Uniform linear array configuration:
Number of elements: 12
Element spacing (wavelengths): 1
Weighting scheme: kaiser
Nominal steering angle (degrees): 45
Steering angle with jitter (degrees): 45.186
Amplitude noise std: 0.05
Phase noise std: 0.05

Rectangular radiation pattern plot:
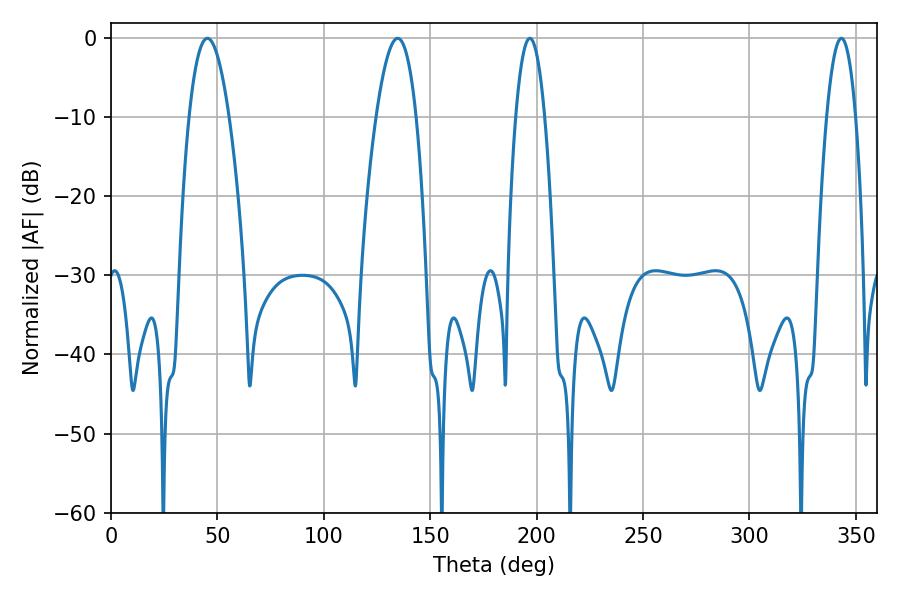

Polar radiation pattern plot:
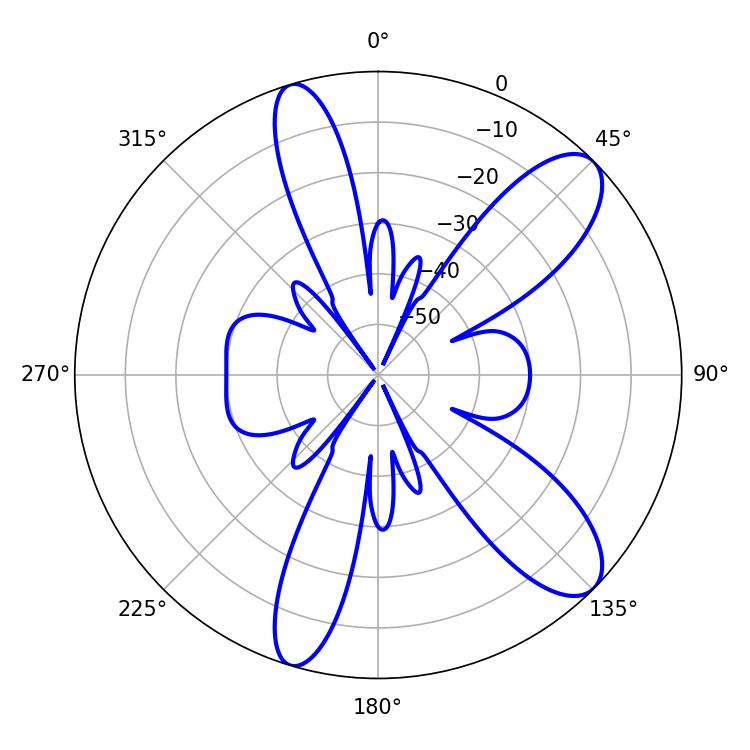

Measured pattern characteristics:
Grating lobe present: TRUE
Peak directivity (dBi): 10.116
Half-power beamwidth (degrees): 10.44
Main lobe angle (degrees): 45.36